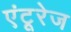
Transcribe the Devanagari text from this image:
एंटूरेज